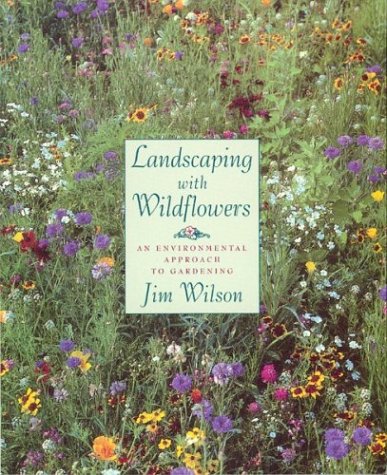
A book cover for Landscaping with Wildflowers : An Environmental Approach to Gardening; Jim Wilson; Crafts, Hobbies & Home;